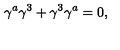
\gamma ^ { a } \gamma ^ { 3 } + \gamma ^ { 3 } \gamma ^ { a } = 0 , \qquad